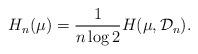
LaTeX: \begin{align*}H_n(\mu)=\frac{1}{n\log 2}H(\mu,\mathcal{D}_n).\end{align*}